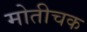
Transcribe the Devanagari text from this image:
मोतीचक